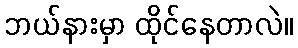
ဘယ်နားမှာ ထိုင်နေတာလဲ။